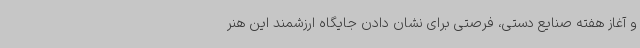
و آغاز هفته صنایع دستی، فرصتی برای نشان ‌دادن جایگاه ارزشمند این هنر